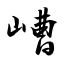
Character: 嶆